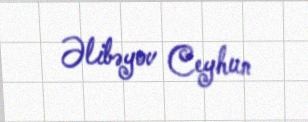
Əlibəyov Ceyhun